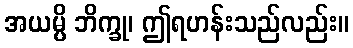
အယမ္ပိ ဘိက္ခု၊ ဤရဟန်းသည်လည်း။